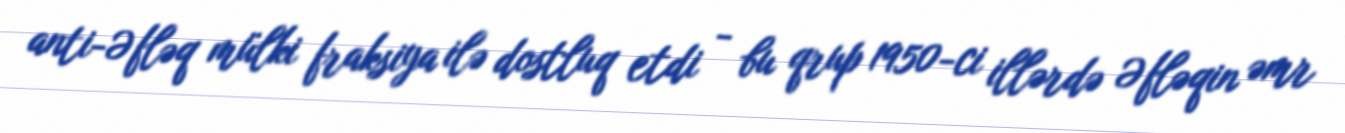
anti-Əfləq mülki fraksiya ilə dostluq etdi - bu qrup 1950-ci illərdə Əfləqin əmr